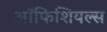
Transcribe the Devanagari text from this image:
ऑफिशियल्स